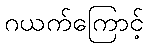
ဂယက်ကြောင့်